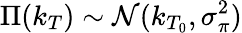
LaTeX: \Pi(k_{T})\sim\mathcal{N}(k_{T_{0}},\sigma_{\pi}^{2})